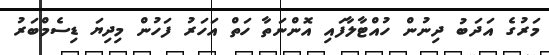
މަރުގެ އަދަބު ދިނުން ހުއްޓާލާފައި އޮންނަތާ ހަތް އަހަރު ފަހުން މިދިޔަ ޑިސެމްބަރު